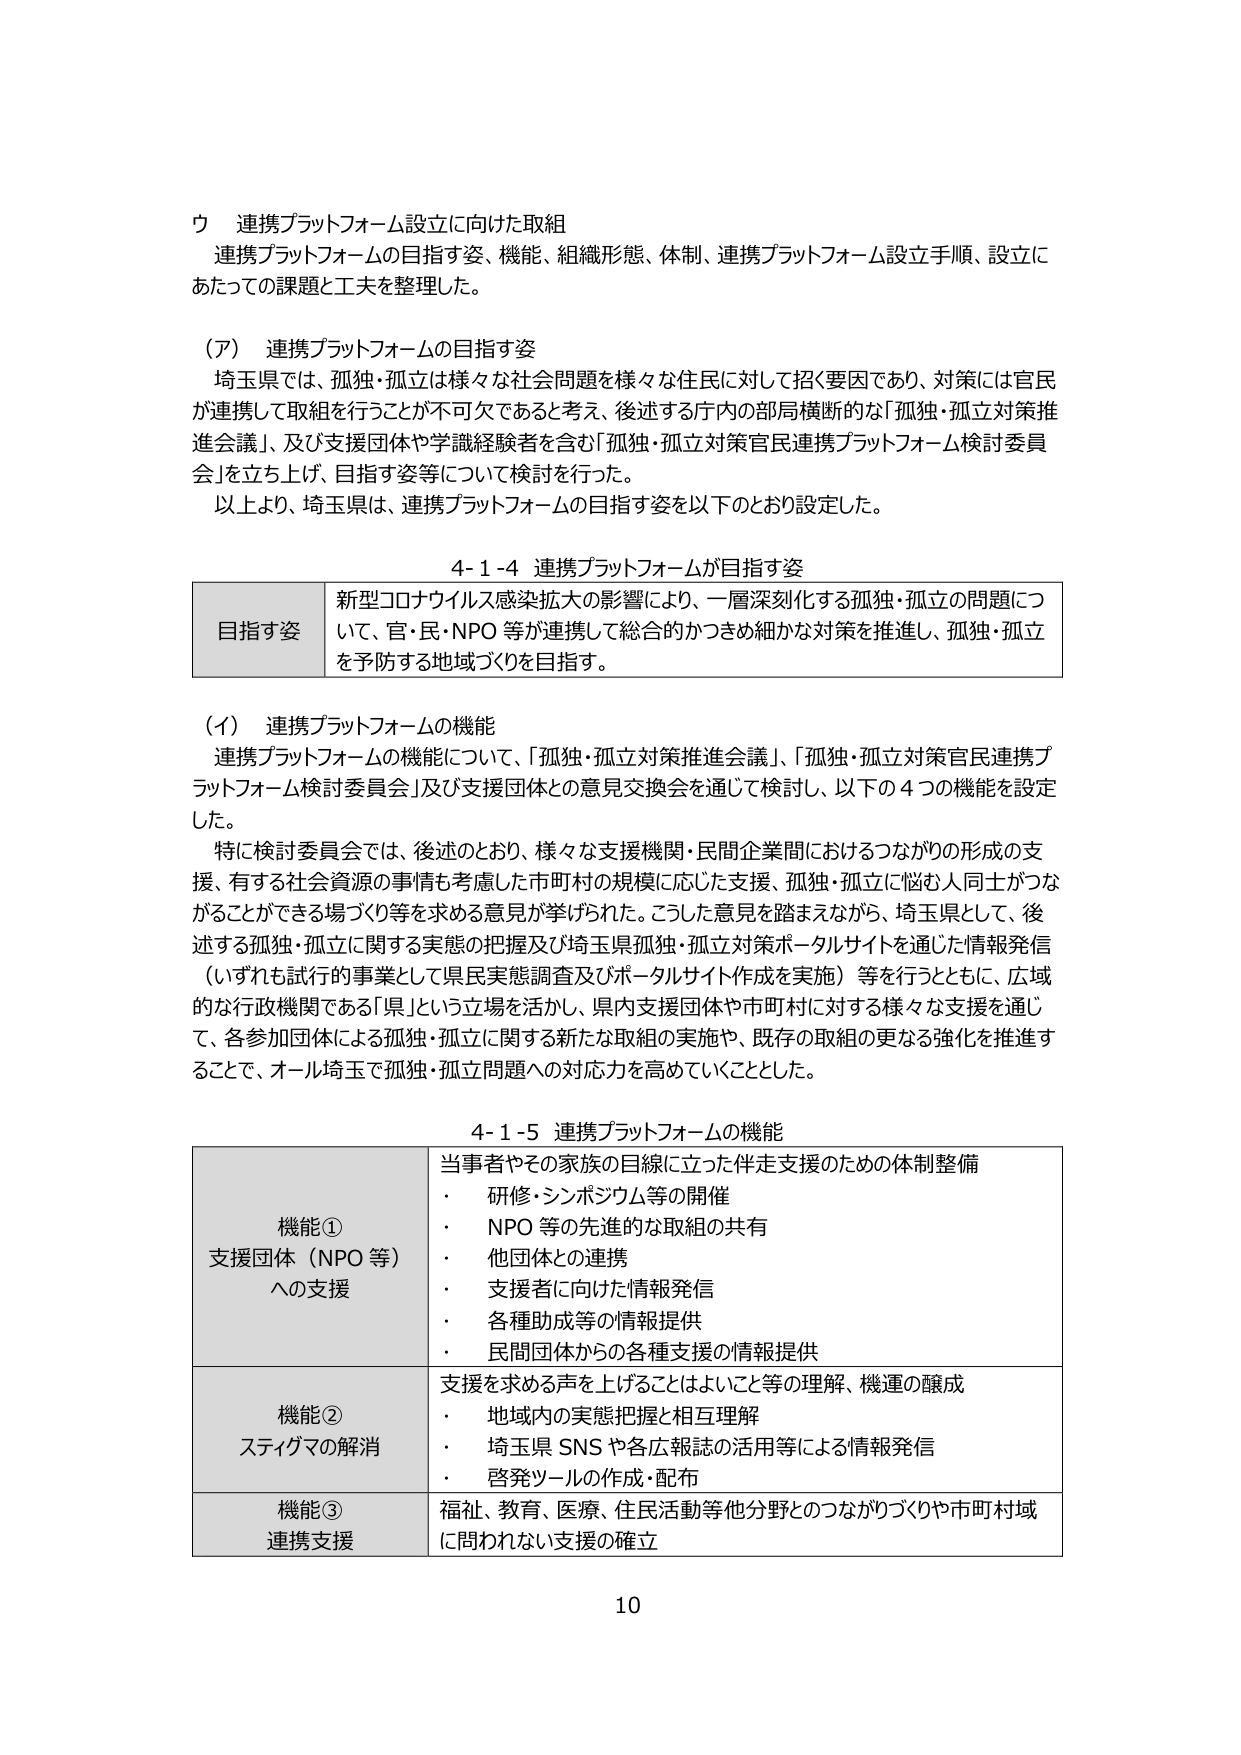
ウ 連携プラットフォーム設立に向けた取組
連携プラットフォームの目指す姿、機能、組織形態、体制、連携プラットフォーム設立手順、設立にあたっての課題と工夫を整理した。

（ア） 連携プラットフォームの目指す姿
埼玉県では、孤独・孤立は様々な社会問題を様々な住民に対して招く要因であり、対策には官民が連携して取組を行うことが不可欠であると考え、後述する庁内の部局横断的な「孤独・孤立対策推進会議」、及び支援団体や学識経験者を含む「孤独・孤立対策官民連携プラットフォーム検討委員会」を立ち上げ、目指す姿等について検討を行った。
以上より、埼玉県は、連携プラットフォームの目指す姿を以下のとおり設定した。

4-1-4 連携プラットフォームが目指す姿
目指す姿 新型コロナウイルス感染拡大の影響により、一層深刻化する孤独・孤立の問題について、官・民・NPO 等が連携して総合的かつきめ細かな対策を推進し、孤独・孤立を予防する地域づくりを目指す。

（イ） 連携プラットフォームの機能
連携プラットフォームの機能について、「孤独・孤立対策推進会議」、「孤独・孤立対策官民連携プラットフォーム検討委員会」及び支援団体との意見交換会を通じて検討し、以下の4つの機能を設定した。
特に検討委員会では、後述のとおり、様々な支援機関・民間企業間におけるつながりの形成の支援、有する社会資源の事情も考慮した市町村の規模に応じた支援、孤独・孤立に悩む人同士がつながることができる場づくり等を求める意見が挙げられた。こうした意見を踏まえながら、埼玉県として、後述する孤独・孤立に関する実態の把握及び埼玉県孤独・孤立対策ポータルサイトを通じた情報発信（いずれも試行的事業として県民実態調査及びポータルサイト作成を実施）等を行うとともに、広域的な行政機関である「県」という立場を活かし、県内支援団体や市町村に対する様々な支援を通じて、各参加団体による孤独・孤立に関する新たな取組の実施や、既存の取組の更なる強化を推進することで、オール埼玉で孤独・孤立問題への対応力を高めていくこととした。

4-1-5 連携プラットフォームの機能
機能① 支援団体（NPO 等）への支援
当事者やその家族の目線に立った伴走支援のための体制整備
・ 研修・シンポジウム等の開催
・ NPO 等の先進的な取組の共有
・ 他団体との連携
・ 支援者に向けた情報発信
・ 各種助成等の情報提供
・ 民間団体からの各種支援の情報提供

機能② スティグマの解消
支援を求める声を上げることはよいこと等の理解、機運の醸成
・ 地域内の実態把握と相互理解
・ 埼玉県 SNS や各広報誌の活用等による情報発信
・ 啓発ツールの作成・配布

機能③ 連携支援
福祉、教育、医療、住民活動等他分野とのつながりづくりや市町村域に問われない支援の確立

10